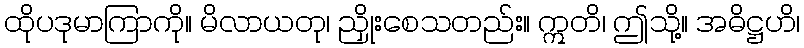
ထိုပဒုမာကြာကို။ မိလာယတု၊ ညှိုးစေသတည်း။ ဣတိ၊ ဤသို့။ အဓိဋ္ဌဟိ၊